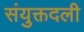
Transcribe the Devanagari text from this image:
संयुक्तदली